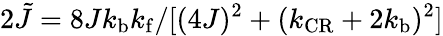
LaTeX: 2\tilde{J}=8Jk_{\mathrm{b}}k_{\mathrm{f}}/[(4J)^{2}+(k_{\mathrm{CR}}+2k_{\mathrm{b}})^{2}]